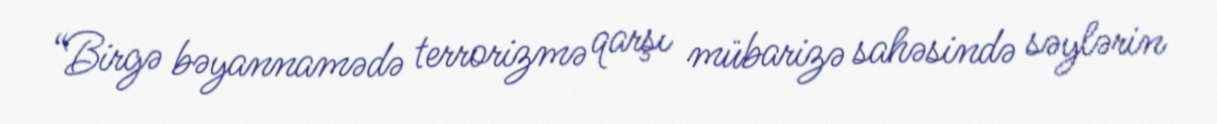
“Birgə bəyannamədə terrorizmə qarşı mübarizə sahəsində səylərin